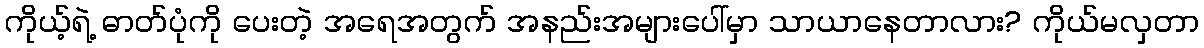
ကိုယ့်ရဲ့ ဓာတ်ပုံကို ပေးတဲ့ အရေအတွက် အနည်းအများပေါ်မှာ သာယာနေတာလား? ကိုယ်မလှတာ